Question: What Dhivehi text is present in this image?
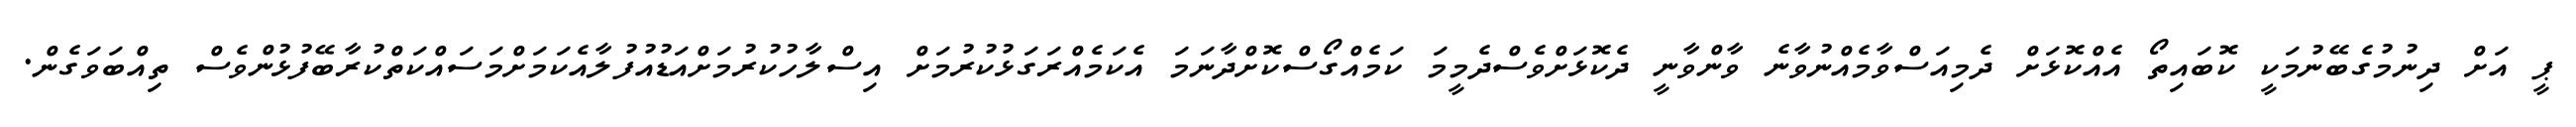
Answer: ޕީ އަށް ދިނުމުގެބޭނުމަކީ ކޮބައިތޯ އެއްކޮޅަށް ދެމިއަސްވާމެއްނުވާނެ ވާންވާނީ ދެކޮޅަށްވެސްދެމީމަ ކަމެއްގޯސްކޮށްދާނަމަ އެކަމެއްރަގަޅުކުރުމަށް އިސްލާހުކުރުމަށްއަޑުއުފުލާއެކަމަށްމަސައްކަތްކުރާބޭފުޅުންވެސް ތިއްބަވަގެން.